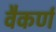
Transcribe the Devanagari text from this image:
वैकर्ण